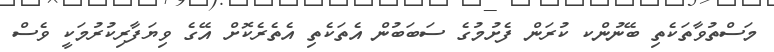
މަސްތުވާތަކެތި ބޭނުންކ ކުރަން ފެށުމުގެ ސަބަބުން އެތަކެތި އެތެރެކޮށް އޭގެ ވިޔަފާރިކުރުމަކީ ވެސް